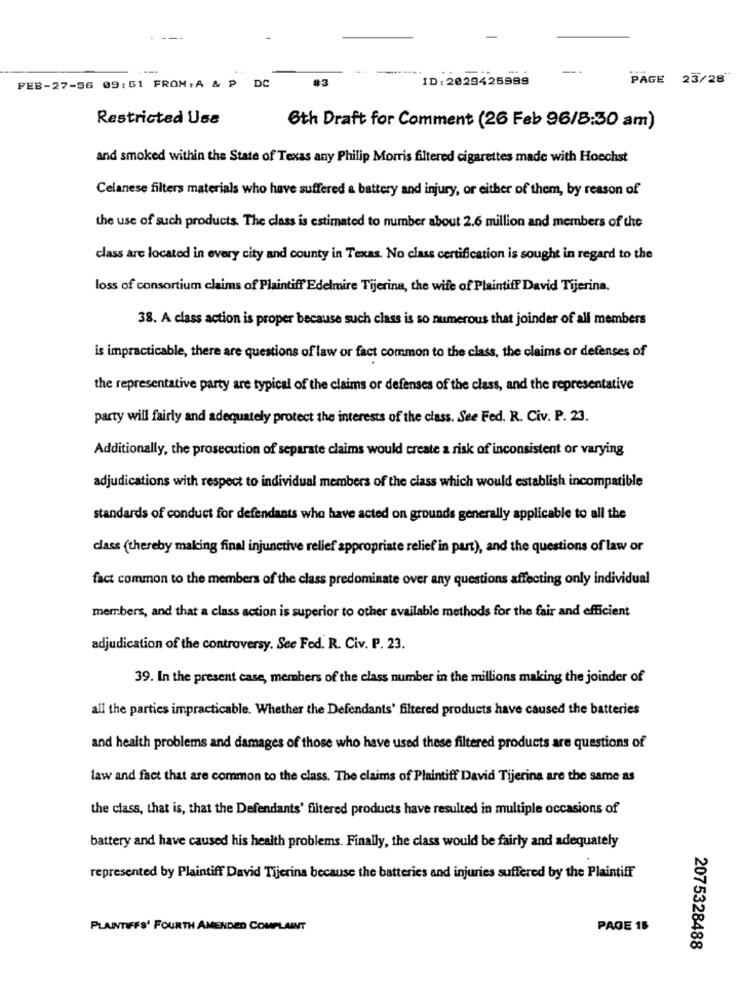
-
#3
ID: 2029425999
PAGE 23/28
FEB-27-96 09:51 FROM: A & P DC
Restricted Use
6th Draft for Comment (26 Feb 96/8:30 am)
and smoked within the State of Texas any Philip Morris filtered cigarettes made with Hoechst
Celanese filters materials who have suffered a battery and injury, or either of them, by reason of
the use of such products. The class is estimated to number about 2.6 million and members of the
class are located in every city and county in Texas. No class certification is sought in regard to the
loss of consortium claims of Plaintiff Edelmire Tijerina, the wife of Plaintiff David Tijerina.
38. A class action is proper because such class is so numerous that joinder of all members
is impracticable, there are questions of law or fact common to the class, the claims or defenses of
the representative party are typical of the claims or defenses of the class, and the representative
party will fairly and adequately protect the interests of the class. See Fed. R. Civ. P. 23.
Additionally, the prosecution of separate claims would create a risk of inconsistent or varying
adjudications with respect to individual members of the class which would establish incompatible
standards of conduct for defendants who have acted on grounds generally applicable to all the
class (thereby making final injunctive relief appropriate relief in part), and the questions of law or
fact common to the members of the class predominate over any questions affecting only individual
members, and that a class action is superior to other available methods for the fair and efficient
adjudication of the controversy. See Fed. R. Civ. P. 23.
39. In the present case, members of the class number in the millions making the joinder of
all the parties impracticable. Whether the Defendants' filtered products have caused the batteries
and health problems and damages of those who have used these filtered products are questions of
law and fact that are common to the class. The claims of Plaintiff David Tijerina are the same as
the class, that is, that the Defendants' filtered products have resulted in multiple occasions of
battery and have caused his health problems. Finally, the class would be fairly and adequately
represented by Plaintiff David Tijerina because the batteries and injuries suffered by the Plaintiff
PLAINTIFFS' FOURTH AMENDED COMPLAINT
PAGE 15
2075328488